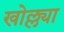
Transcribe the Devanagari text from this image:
खोल्ल्या